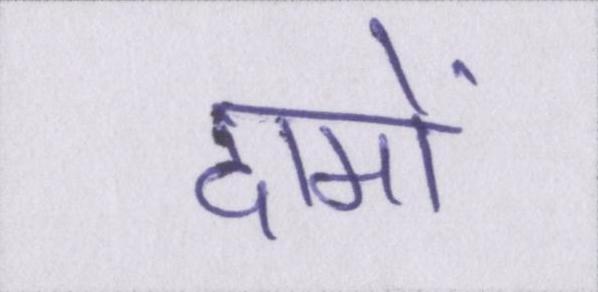
दामों